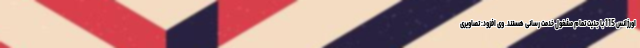
اورژانس 115 با جدیت تمام مشغول خدمت رسانی هستند. وی افزود: تصاویری